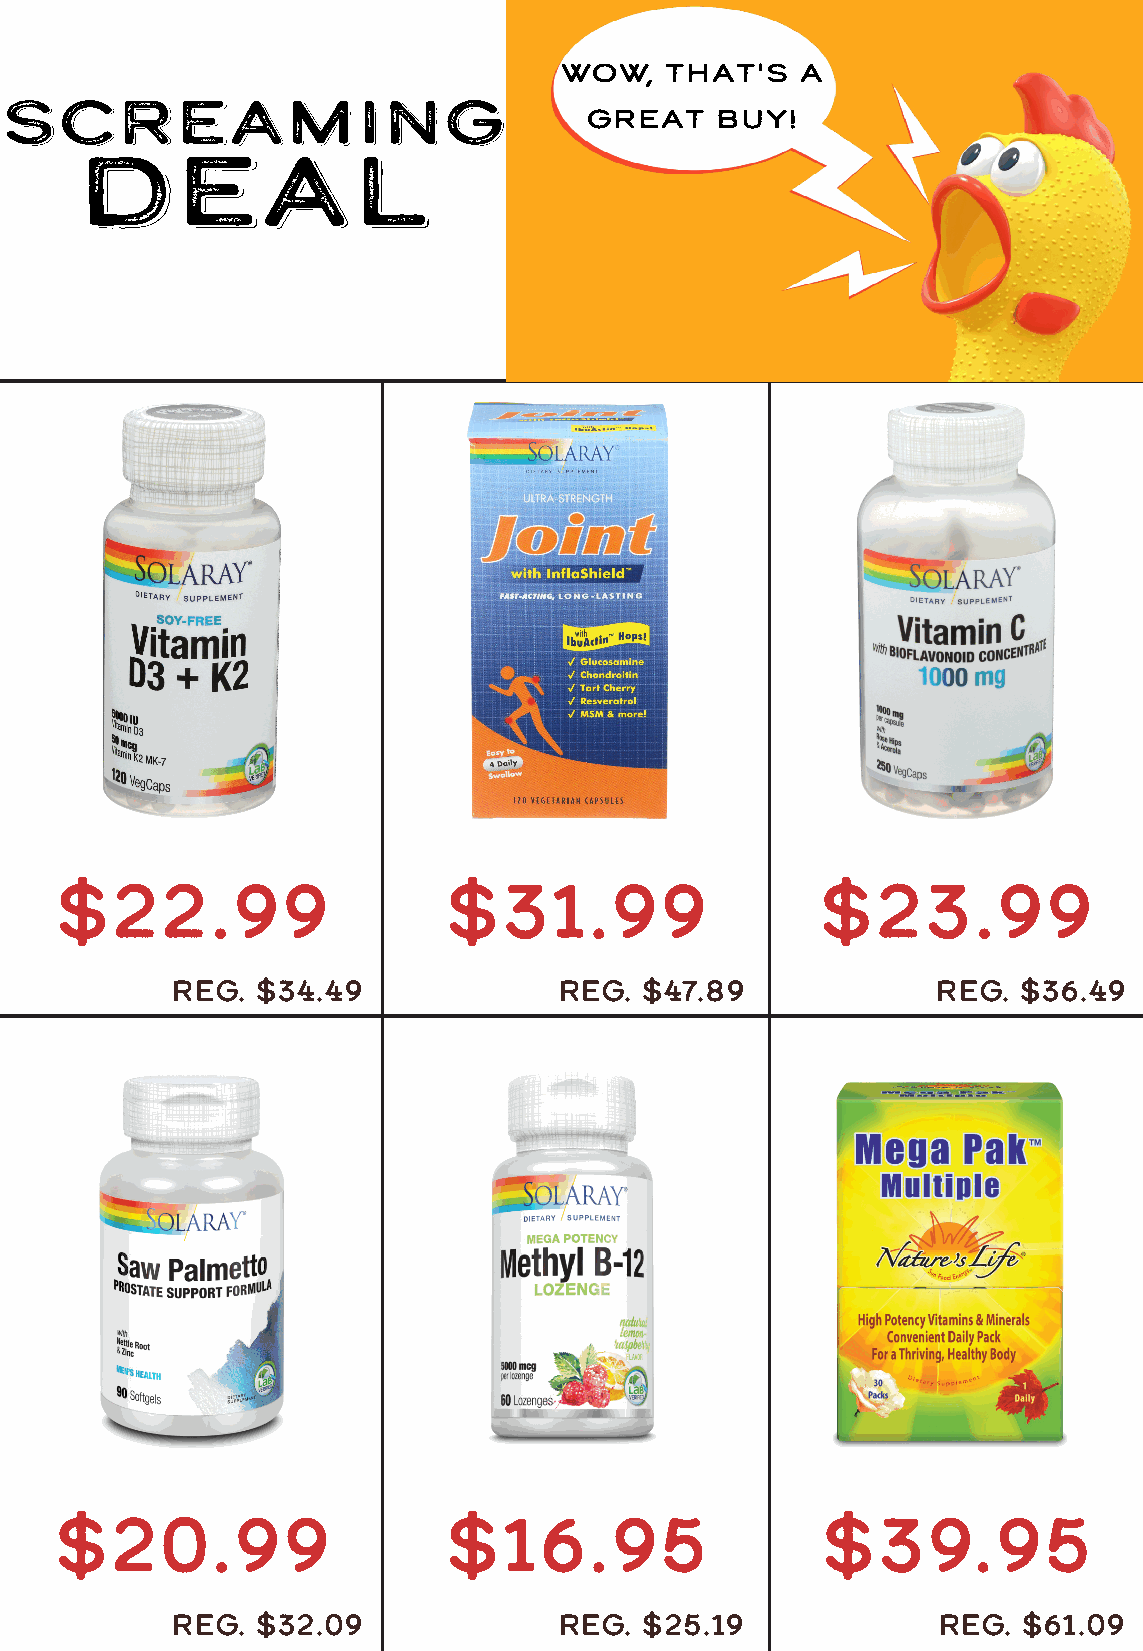
WOW,   that's   a
 SCREAMING
 great   buy!
 Deal
 $22.99                   $31.99                   $23.99
 REG.  $34.49              REG. $47.89              REG. $36.49
 $20.99                    $16.95                   $39.95
 REG.  $32.09              REG. $25.19              REG.  $61.09